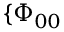
\{ \Phi _ { 0 0 }